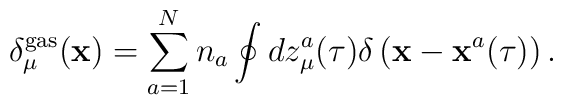
\delta_\mu^{\rm gas}({\bf x})=\sum\limits_{a=1}^{N}n_a\oint dz_\mu^a(\tau)\delta\left({\bf x}-{\bf x}^a(\tau)\right).